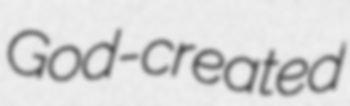
God-created